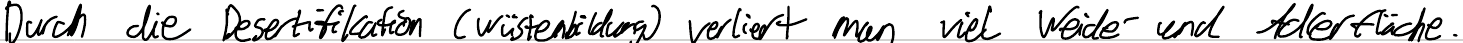
Durch die Desertifikation (Wüstenbildung) verliert man viel Weide- und Ackerfläche.